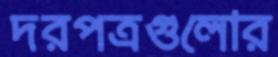
দরপত্রগুলোর